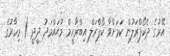
އޭރުގެ ދެކޯޕްރަލުން ކަމަށްވާ ކޯޕްރަލް އިބްރާހީމް މުޙައްމަދު ދީދީ ( މިހާރުގެ